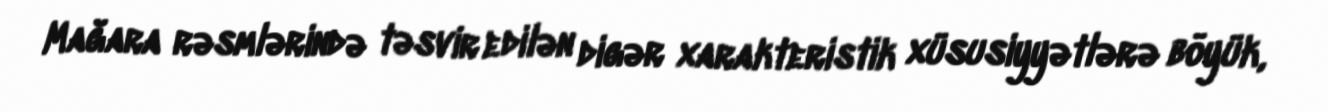
Mağara rəsmlərində təsvir edilən digər xarakteristik xüsusiyyətlərə böyük,